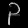
Digit: ၃